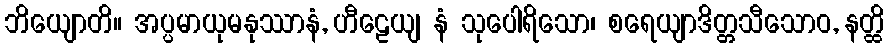
ဘိယျောတိ။ အပ္ပမာယုမနုဿာနံ, ဟီဠေယျ နံ သုပေါရိသော၊ စရေယျာဒိတ္တသီသောဝ, နတ္ထိ